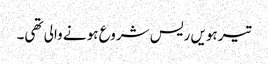
تیرہویں ریس شروع ہونے والی تھی۔